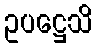
ဥပဋ္ဌေသိ